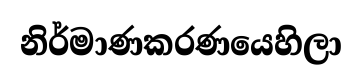
නිර්මාණකරණයෙහිලා